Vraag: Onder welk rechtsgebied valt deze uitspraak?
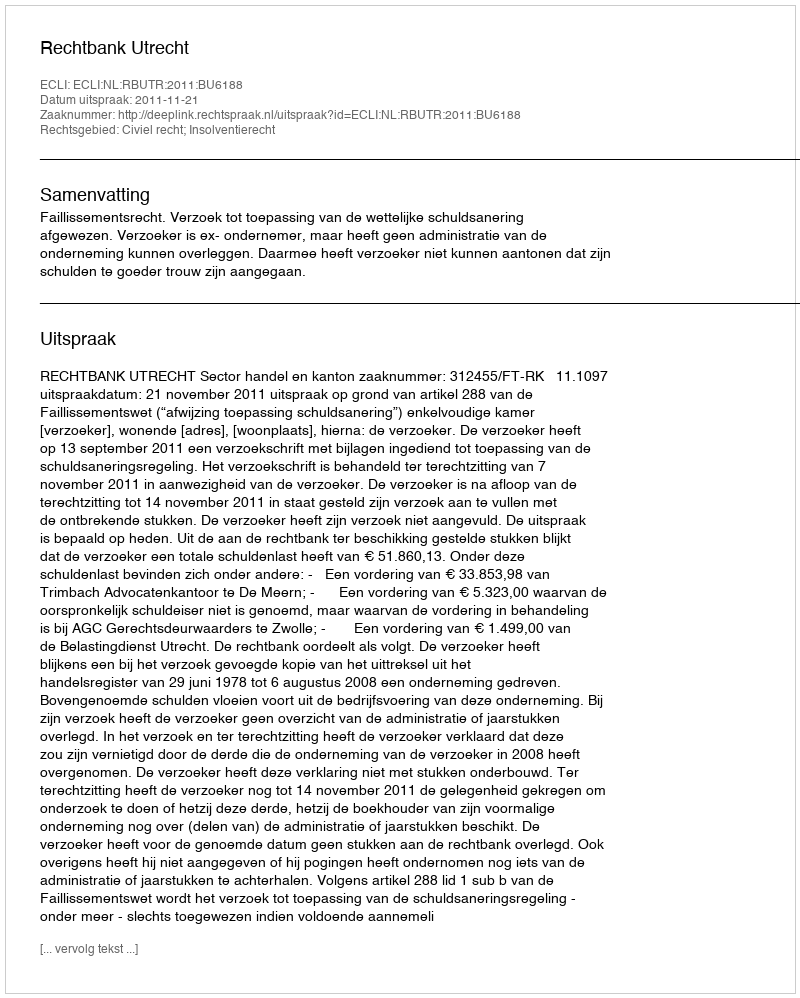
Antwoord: Civiel recht; Insolventierecht